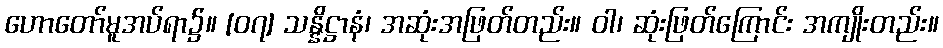
ဟောတော်မူအပ်ရာ၌။ [၀၇] သန္နိဋ္ဌာနံ၊ အဆုံးအဖြတ်တည်း။ ဝါ၊ ဆုံးဖြတ်ကြောင်း အကျိုးတည်း။